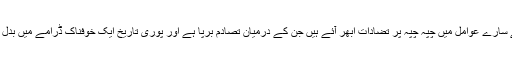
تمدن کے سارے عوامل میں چپہ چپہ پر تضادات ابھر آئے ہیں جن کے درمیان تصادم برپا ہے اور پوری تاریخ ایک خوفناک ڈرامے میں بدل گئی ہے۔